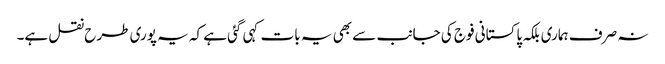
نہ صرف ہماری بلکہ پاکستانی فوج کی جانب سے بھی یہ بات کہی گئی ہے کہ یہ پوری طرح نقل ہے۔